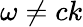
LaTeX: \omega\neq ck